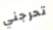
تحرجني